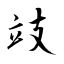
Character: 攱